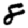
Digit: 8